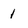
Character: 1